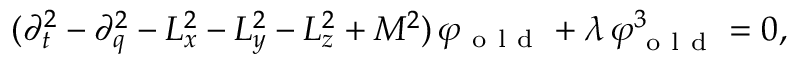
\begin{array} { r } { ( \partial _ { t } ^ { 2 } - \partial _ { q } ^ { 2 } - L _ { x } ^ { 2 } - L _ { y } ^ { 2 } - L _ { z } ^ { 2 } + M ^ { 2 } ) \, \varphi _ { \mathrm { ~ o ~ l ~ d ~ } } + \lambda \, \varphi _ { \mathrm { ~ o ~ l ~ d ~ } } ^ { 3 } = 0 , } \end{array}